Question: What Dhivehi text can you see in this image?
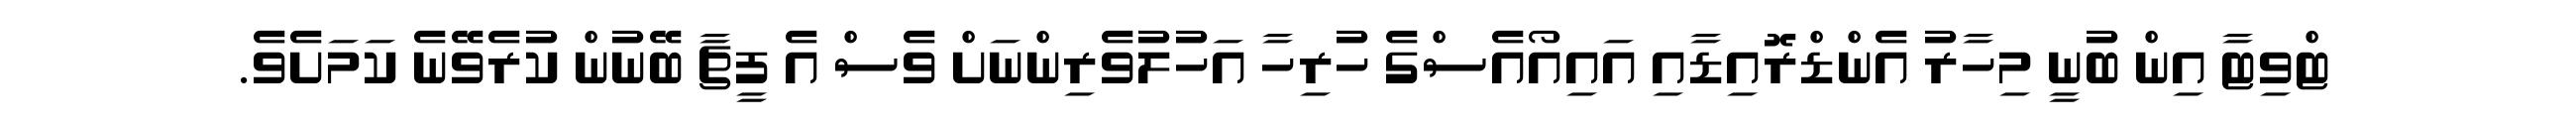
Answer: ޓްވިޓާ އިން ބުނީ މިހާރު އެންޑްރޮއިޑާއި އައިއޯއެސްގެ ހުރިހާ އަހުލުވެރިންނަށް ވެސް އެ ފީޗާ ބޭނުން ކުރެވޭނެ ކަމަށެވެ.